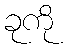
ခုကို